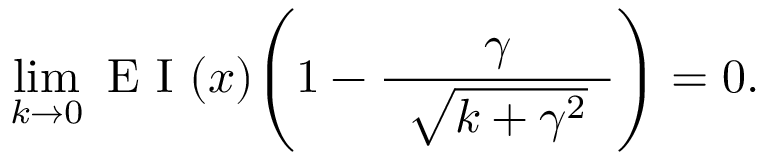
\operatorname* { l i m } _ { k \to 0 } \mathrm { ~ E ~ I ~ } ( \boldsymbol { x } ) \Bigg ( 1 - \frac { \gamma } { \hphantom { e } \vphantom { \big | } \sqrt { k + \gamma ^ { 2 } } \hphantom { e } } \Bigg ) = 0 .